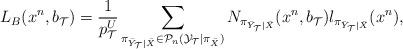
LaTeX: \begin{align*}L_{B}(x^{n},b_{\mathcal{T}}) = \frac{1}{p^{U}_{\mathcal{T}}}\sum_{\pi_{\bar{Y}_{\mathcal{T}}|\bar{X}} \in \mathcal{P}_{n}(\mathcal{Y}_{\mathcal{T}}|\pi_{\bar{X}})}N_{\pi_{\bar{Y}_{\mathcal{T}}|\bar{X}}}(x^n,b_{\mathcal{T}})l_{\pi_{\bar{Y}_{\mathcal{T}}|\bar{X}}}(x^n),\end{align*}